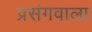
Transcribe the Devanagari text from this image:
प्रसंगवाला